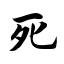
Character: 死